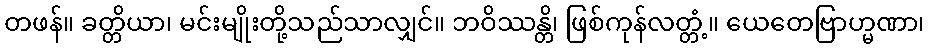
တဖန်။ ခတ္တိယာ၊ မင်းမျိုးတို့သည်သာလျှင်။ ဘဝိဿန္တိ၊ ဖြစ်ကုန်လတ္တံ့။ ယေတေဗြာဟ္မဏာ၊